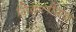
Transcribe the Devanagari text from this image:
सिकलीगढ